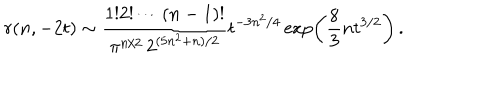
LaTeX: r ( n , - 2 t ) \sim { \frac { 1 ! 2 ! \cdots ( n - 1 ) ! } { \pi ^ { n / 2 } \, 2 ^ { ( 5 n ^ { 2 } + n ) / 2 } } } t ^ { - 3 n ^ { 2 } / 4 } \exp \left( { \frac { 8 } { 3 } } n t ^ { 3 / 2 } \right) \, .